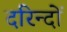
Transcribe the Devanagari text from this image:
दरिन्‍दों